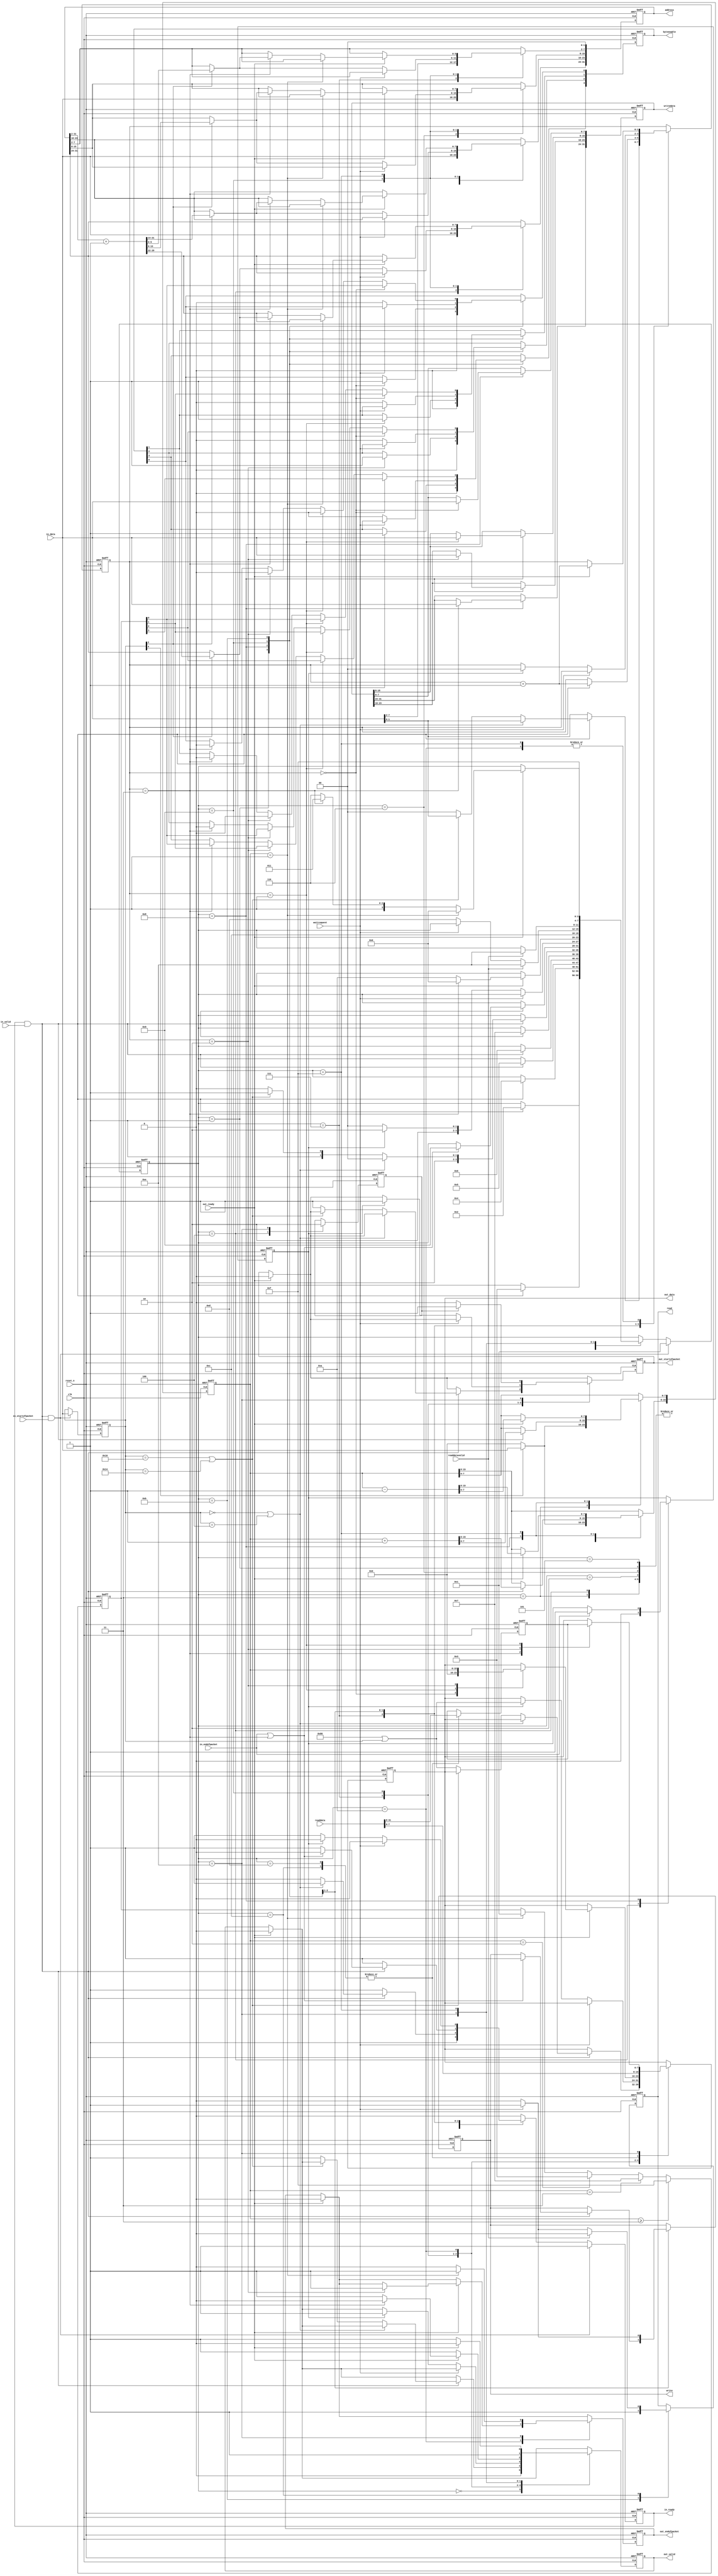
// Copyright 2009 Altera Corporation. All rights reserved.  
// Your use of Altera Corporation's design tools, logic functions and other software and tools, and its AMPP partner logic 
// functions, and any output files any of the foregoing (including device programming or simulation files), and any associated 
// documentation or information are expressly subject to the terms and conditions of the Altera Program License Subscription 
// Agreement, Altera MegaCore Function License Agreement, or other applicable license agreement, including, without limitation, 
// that your use is for the sole purpose of programming logic devices manufactured by Altera and sold by Altera or its authorized 
// distributors.  Please refer to the applicable agreement for further details.


`timescale 1ns / 100ps
module ddr2_v10_1_altera_avalon_packets_to_master (

      input              clk,
      input              reset_n,
      output reg         in_ready,
      input              in_valid,
      input      [ 7: 0] in_data,
      input              in_startofpacket,
      input              in_endofpacket,

      input              out_ready,
      output reg         out_valid,
      output reg [ 7: 0] out_data,
      output reg         out_startofpacket,
      output reg         out_endofpacket,

      output reg [31: 0] address,
      input      [31: 0] readdata,
      output reg         read,
      output reg         write,
      output reg [ 3: 0] byteenable,
      output reg [31: 0] writedata,
      input              waitrequest,
      input              readdatavalid
      
);

   parameter EXPORT_MASTER_SIGNALS = 0;

   localparam CMD_WRITE_NON_INCR = 8'h00;
   localparam CMD_WRITE_INCR     = 8'h04;
   localparam CMD_READ_NON_INCR  = 8'h10;
   localparam CMD_READ_INCR      = 8'h14;
   

   reg  [ 3: 0]  state;
   reg  [ 7: 0]  command;
   reg  [ 1: 0]  current_byte; //, result_byte;
   reg  [ 15: 0] counter;
   reg  [ 23: 0] read_data_buffer;
   reg           in_ready_0;
   reg           first_trans, last_trans;
   reg  [ 3: 0]  unshifted_byteenable;
   wire enable;

   localparam READY          = 4'b0000, 
              GET_EXTRA      = 4'b0001,
              GET_SIZE1      = 4'b0010,
              GET_SIZE2      = 4'b0011,
              GET_ADDR1      = 4'b0100,
              GET_ADDR2      = 4'b0101,
              GET_ADDR3      = 4'b0110,
              GET_ADDR4      = 4'b0111,
              GET_WRITE_DATA = 4'b1000,      
              WRITE_WAIT     = 4'b1001,
              RETURN_PACKET  = 4'b1010,
              READ_ASSERT    = 4'b1011,
              READ_CMD_WAIT  = 4'b1100,
              READ_DATA_WAIT = 4'b1101,
              READ_SEND_ISSUE= 4'b1110,
              READ_SEND_WAIT = 4'b1111;
   
   

   assign enable = (in_ready & in_valid);

   always @*
      in_ready = in_ready_0;
   
   always @(posedge clk or negedge reset_n) begin
      if (!reset_n) begin
            in_ready_0        <= 1'b0;
            out_startofpacket <= 1'b0;
            out_endofpacket   <= 1'b0;
            out_valid         <= 1'b0;
            out_data          <=  'b0;
            read              <= 1'b0;
            write             <= 1'b0;
            byteenable        <=  'b0;
            writedata         <=  'b0;
            address           <=  'b0;
            counter           <=  'b0;
            command           <=  'b0;
            first_trans       <= 1'b0;
            last_trans        <= 1'b0;
            state             <= 'b0;
            current_byte      <= 'b0;
            read_data_buffer  <= 'b0;
            unshifted_byteenable <= 'b0;
      end else begin
            address[1:0]      <= 'b0;
 
            if (out_ready) begin
              out_startofpacket <= 1'b0;
              out_endofpacket   <= 1'b0;
              out_valid         <= 1'b0;
            end
            in_ready_0 <= 1'b0;
            
            if (counter >= 3)      unshifted_byteenable <= 4'b1111;
            else if (counter == 3) unshifted_byteenable <= 4'b0111;
            else if (counter == 2) unshifted_byteenable <= 4'b0011;
            else if (counter == 1) unshifted_byteenable <= 4'b0001;

            case (state)
              READY : begin
                   out_valid         <= 1'b0;
                   in_ready_0        <= 1'b1;
              end
              GET_EXTRA : begin
                   in_ready_0        <= 1'b1;
                   byteenable        <=  'b0;
                   if (enable) state <= GET_SIZE1;
              end

              GET_SIZE1 : begin
                   in_ready_0        <= 1'b1;
                   counter[15:8]     <= command[4]?in_data:8'b0;
                   if (enable) state <= GET_SIZE2;
              end

              GET_SIZE2 : begin
                   in_ready_0        <= 1'b1;
                   counter[7:0]      <= command[4]?in_data:8'b0;
                   if (enable) state <= GET_ADDR1;
              end
              
              GET_ADDR1 : begin
                in_ready_0        <= 1'b1;
                first_trans       <= 1'b1;
                last_trans        <= 1'b0;
                address[31:24]    <= in_data;
                if (enable) state <= GET_ADDR2;
              end

              GET_ADDR2 : begin
                in_ready_0        <= 1'b1;
                address[23:16]    <= in_data;
                if (enable) state <= GET_ADDR3;
              end

              GET_ADDR3 : begin
                in_ready_0        <= 1'b1;
                address[15:8]     <= in_data;
                if (enable) state <= GET_ADDR4;
              end

              GET_ADDR4 : begin
                in_ready_0        <= 1'b1;
                address[7:2]      <= in_data[7:2];
                current_byte      <= in_data[1:0];
                if (enable) begin
                      if (command == CMD_WRITE_NON_INCR | command == CMD_WRITE_INCR) begin
                        state <= GET_WRITE_DATA; //writes
                        in_ready_0 <= 1'b1;
                      end
                      else if (command == CMD_READ_NON_INCR | command == CMD_READ_INCR) begin
                        state   <= READ_ASSERT; //reads
                        in_ready_0 <= 1'b0;
                      end
                      else begin
                        state <= RETURN_PACKET; 
                        out_startofpacket <= 1'b1;
                        out_data <= (8'h80 | command);
                        out_valid <= 1'b1;
                        current_byte <= 'h0;
                        in_ready_0 <= 1'b0;
                      end
                end
              end

              GET_WRITE_DATA : begin
                        in_ready_0 <= 1; 
                        if (enable) begin
                          counter <= counter + 1'b1;
                          current_byte <= current_byte + 1'b1;
                          if (in_endofpacket || current_byte == 3) 
                          begin
                             in_ready_0 <= 0;
                             write      <= 1'b1;
                             state      <= WRITE_WAIT;
                          end
                        end
                        if (in_endofpacket) begin
                          last_trans <= 1'b1;
                        end
                        case (current_byte)
                          0: begin
                            writedata[7:0]   <= in_data;
                            byteenable[0]    <= 1;
                          end
                          1: begin
                            writedata[15:8]  <= in_data;
                            byteenable[1]    <= 1;
                          end
                          2: begin
                            writedata[23:16] <= in_data;
                            byteenable[2]    <= 1;
                          end
                          3: begin
                            writedata[31:24] <= in_data;
                            byteenable[3]    <= 1;
                          end
                        endcase
              end

              WRITE_WAIT : begin
                        in_ready_0 <= 0;
                        write      <= 1'b1;
                        if (~waitrequest) begin
                           write <= 1'b0;
                           state <= GET_WRITE_DATA;
                           in_ready_0 <= 1;
                           byteenable <= 'b0;
                           if (command[2] == 1'b1) begin
                              address[31:2] <= (address[31:2] + 1'b1);
                           end
                           if (last_trans) begin
                              state <= RETURN_PACKET;
                              out_startofpacket <= 1'b1;
                              out_data <= (8'h80 | command);
                              out_valid <= 1'b1;
                              current_byte <= 'h0;
                              in_ready_0 <= 1'b0;
                           end
                        end
              end
              
              RETURN_PACKET : begin
                        out_valid <= 1'b1;
                        if (out_ready) begin
                           case (current_byte)
                             0: begin
                               out_data <= 8'b0;
                             end
                             1: begin
                               out_data <= counter[15:8];
                             end
                             2: begin
                               out_endofpacket <= 1'b1;
                               out_data <= counter[7:0];
                             end
                             default: begin
                             end
                           endcase
                           current_byte <= current_byte + 1'b1;
                           if (current_byte == 3) begin
                              state     <= READY;
                              out_valid <= 1'b0;
                           end
                           else                   state     <= RETURN_PACKET;
                        end
              end
              READ_ASSERT : begin
                        if (current_byte == 3) byteenable <= unshifted_byteenable << 3;
                        if (current_byte == 2) byteenable <= unshifted_byteenable << 2;
                        if (current_byte == 1) byteenable <= unshifted_byteenable << 1;
                        if (current_byte == 0) byteenable <= unshifted_byteenable;
                        read             <= 1;
                        state            <= READ_CMD_WAIT;
              end
              READ_CMD_WAIT : begin
                        read_data_buffer <= readdata[31:8];
                        out_data         <= readdata[7:0];
                        read             <= 1; 
                        if (readdatavalid) begin
                           state <= READ_SEND_ISSUE;
                           read <= 0;
                        end else begin
                           if (~waitrequest) begin
                               state <= READ_DATA_WAIT;
                               read <= 0;
                           end
                        end
              end
              READ_DATA_WAIT : begin
                        read_data_buffer <= readdata[31:8];
                        out_data         <= readdata[7:0];
                        if (readdatavalid) begin
                            state <= READ_SEND_ISSUE;
                        end
              end
              READ_SEND_ISSUE : begin
                        out_valid <= 1'b1;
                        out_startofpacket <= 'h0;
                        out_endofpacket   <= 'h0;
                        if (counter == 1) begin
                           out_endofpacket <= 1'b1;
                        end 
                        if (first_trans) begin
                           first_trans <= 1'b0;
                           out_startofpacket <= 1'b1;
                        end
                        case (current_byte)
                          3: begin
                             out_data        <= read_data_buffer[23:16];
                          end
                          2: begin
                             out_data        <= read_data_buffer[15:8];
                          end
                          1: begin
                             out_data        <= read_data_buffer[7:0];
                          end
                          default: begin
                             out_data        <= out_data; 
                          end
                        endcase
                        state <= READ_SEND_WAIT;
              end
              READ_SEND_WAIT : begin
                        out_valid <= 1'b1;
                        if (out_ready) begin
                           counter <= counter - 1'b1;
                           current_byte <= current_byte + 1'b1;
                           out_valid <= 1'b0;
                           
                           if (counter == 1) begin
                              state <= READY;
                           end else if (current_byte == 3) begin
                              if (command[2] == 1'b1) begin
                                 address[31:2] <= (address[31:2] + 1'b1);
                              end
                              state <= READ_ASSERT;
                           end else begin
                              state <= READ_SEND_ISSUE;
                           end
                        end 
              end
           endcase
           if (enable & in_startofpacket) begin
              state <= GET_EXTRA;
              command           <= in_data;
              in_ready_0 <= 1'b1;
           end
      end  // end else
   end  // end always block
endmodule